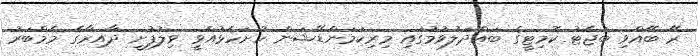
ރޭ ބޭއްވި ބަޖެޓު ކޮމިޓީގެ ބައްދަލުވުމުގައި މިރިކަމަންޑޭޝަން ހުށަހެޅުއްވީ ވިލުފުށީ ދާއިރާގެ މެމްބަރު